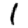
Digit: 1